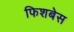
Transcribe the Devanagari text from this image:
फिशबेस